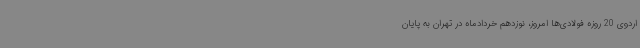
اردوی 20 روزه فولادی‌ها امروز، نوزدهم خردادماه در تهران به پایان